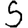
Digit: 5